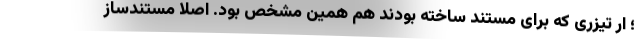
؛ ار تیزری که برای مستند ساخته بودند هم همین مشخص بود. اصلا مستندساز